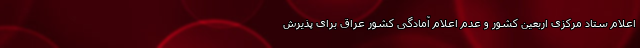
اعلام ستاد مرکزی اربعین کشور و عدم اعلام آمادگی کشور عراق برای پذیرش